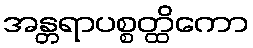
အန္တရာပစ္စတ္ထိကော